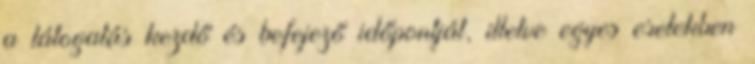
a látogatás kezdő és befejező időpontját, illetve egyes esetekben